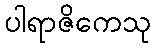
ပါရာဇိကေသု